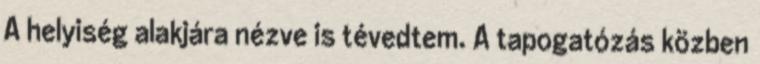
A helyiség alakjára nézve is tévedtem. A tapogatózás közben